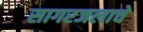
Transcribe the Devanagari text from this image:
सागरजलाचे